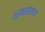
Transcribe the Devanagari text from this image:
धर्मसंरंक्षण